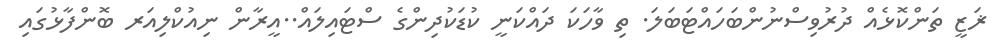
ޜަޒީ ތަންކޮޅެއް ދުރުވިސްނުންބަހައްޓަބަލަ. ތި ވާހަކަ ދައްކަނީ ކުޑަކުދިންގެ ސްޓައިލައް..އީރާން ނިއުކްލިއަރ ބޮންފާޅުގައި